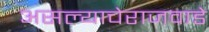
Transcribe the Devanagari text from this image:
असल्याचेराजवाडे